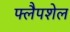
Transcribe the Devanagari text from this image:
फ्लैपशेल